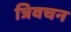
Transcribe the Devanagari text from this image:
त्रिवचन